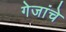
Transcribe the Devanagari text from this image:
गेजांचे